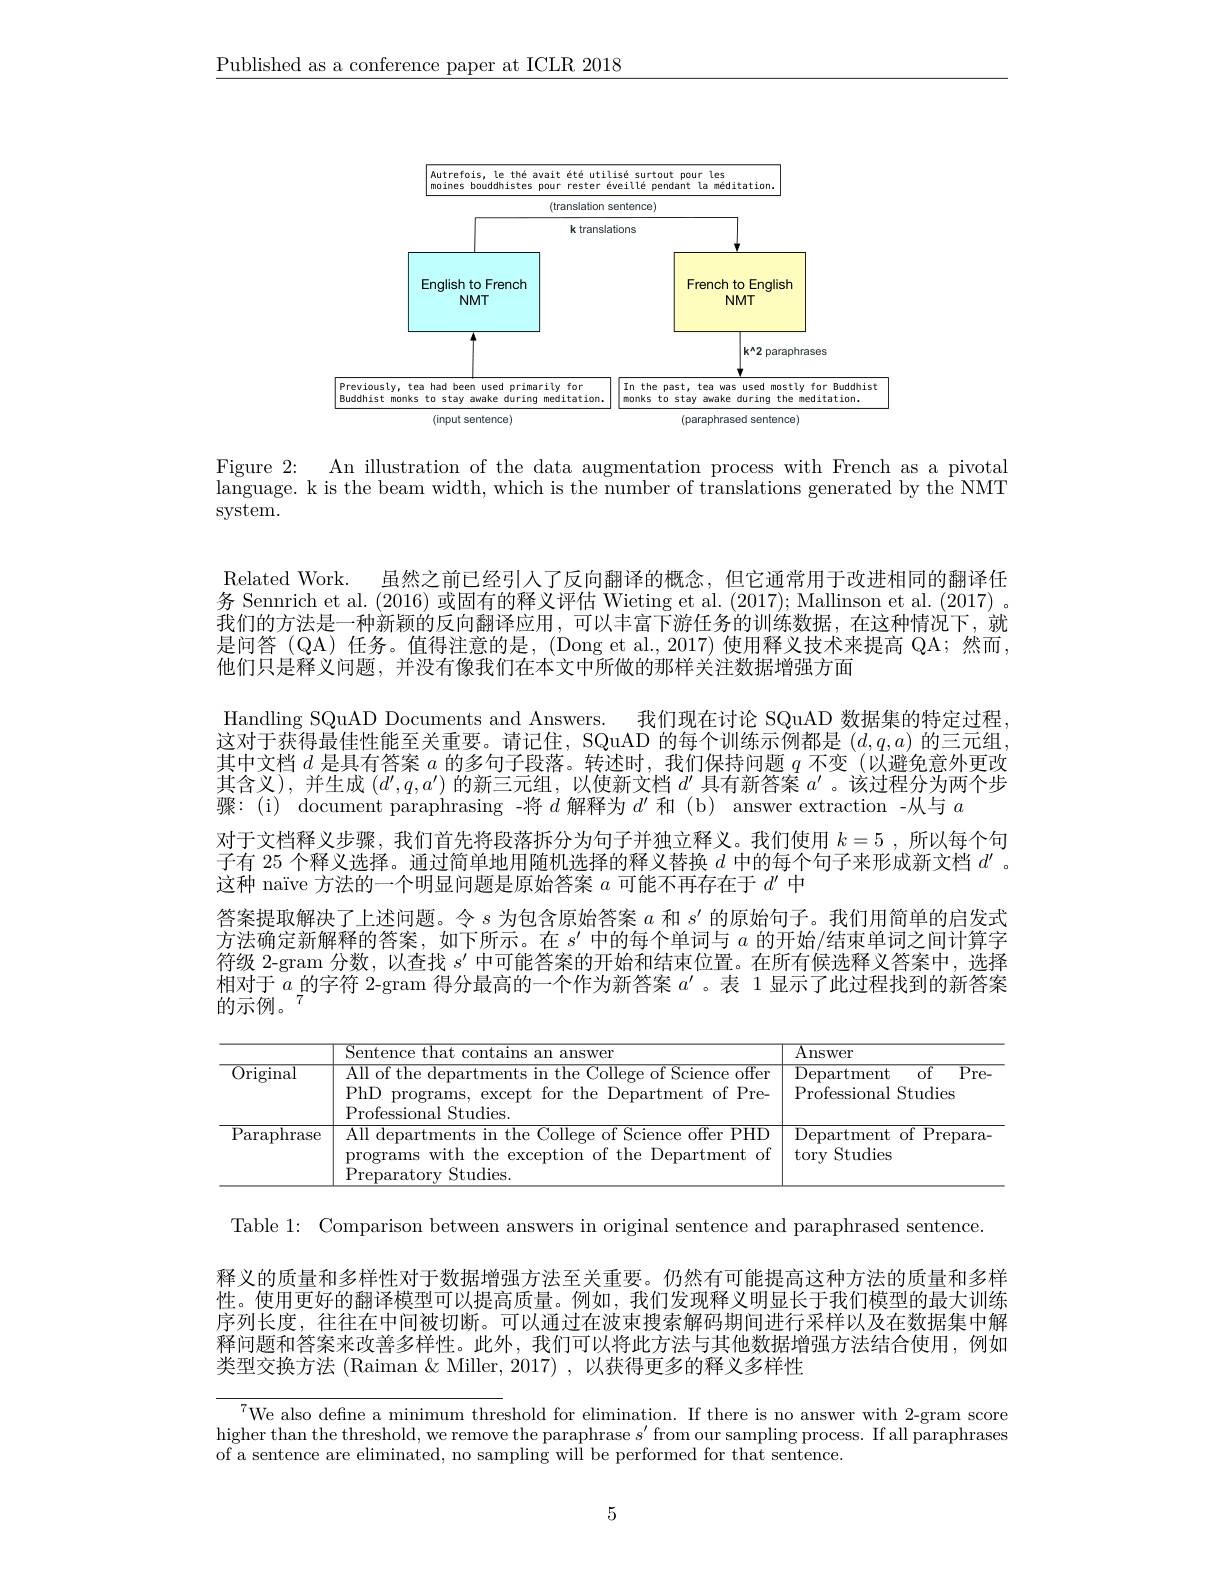
$\underline{\text{Published as a conference paper at ICLR 2018}}$

<FigureHere>

Figure 2: An illustration of the data augmentation process with French as a pivotal language. k is the beam width, which is the number of translations generated by the NMT system.

Related Work. 虽然之前已经引人了反向翻译的概念，但它通常用于改进相同的翻译任务 Sennrich et al. (2016) 或固有的释义评估 Wieting et al. (2017); Mallinson et al. (2017) 。我们的方法是一种新颖的反向翻译应用，可以丰富下游任务的训练数据，在这种情况下，就是问答(QA) 任务。值得注意的是，(Dong et al.,2017) 使用释义技术来提高 QA; 然而， 他们只是释义问题，并没有像我们在本文中所做的那样关注数据增强方面
Handling SQuAD Documents and Answers. 我们现在讨论 SQuAD 数据集的特定过程， 这对于获得最佳性能至关重要。请记住，SQuAD 的每个训练示例都是$(d,q,a)$的三元组其中文档$d$是具有答案$a$的多句子段落。转述时，我们保持问题$q$不变 (以避免意外更改其含义),并生成$(d^\prime,q,a^\prime)$的新三元组，以使新文档$d^\prime$ 具 有 新 答 案 $a^{\prime }$。该过程分为两个步骤：(i) document paraphrasing -将$d$解释为$d^\prime$和 (b) answer extraction -从与$a$
对于文档释义步骤，我们首先将段落拆分为句子并独立释义。我们使用$k=5$ ,所以每个句子有 25 个释义选择。通过简单地用随机选择的释义替换$d$中的每个句子来形成新文档$d^{\prime}$ 。这种 naïve 方法的一个明显问题是原始答案$a$可能不再存在于$d^\prime$中
答案提取解决了上述问题。令$s$为包含原始答案$a$和$s^\prime$的原始句子。我们用简单的启发式方法确定新解释的答案，如下所示。在$s^\prime$中的每个单词与$a$的开始/结束单词之间计算字符级 2-gram 分数，以查找$s^\prime$中可能答案的开始和结束位置。在所有候选释义答案中，选择相对于$a$的字符 2-gram 得分最高的一个作为新答案$a^\prime$ 。表 1 显示了此过程找到的新答案的示例。$^{7}$

<table>
	<tbody>
		<tr>
			<th> </th>
			<th>Sentence that answer</th>
			<th>$\overline{{\mathrm{Answer}}}$</th>
		</tr>
		<tr>
			<td>${\overline{{\mathrm{Original}}}}$</td>
			<td>All of the departments in the College of Science offer PhD programs, except for the Department of Pre Professional Studies.</td>
			<td>Department $\overline{\mathrm{of}}$ $\overline{\mathrm{Pre-}}$ Professional $\textbf{l Studies}$</td>
		</tr>
		<tr>
			<td>$\overline{\mathrm{Paraphrase}}$</td>
			<td>All departments in the College of Science offer PHD programs with the exception of the Department of Preparatorv Studies</td>
			<td>Department of Prepara- tory Studies</td>
		</tr>
	</tbody>
</table>

Table 1: Comparison between answers in original sentence and paraphrased sentence.
释义的质量和多样性对于数据增强方法至关重要。仍然有可能提高这种方法的质量和多样性。使用更好的翻译模型可以提高质量。例如，我们发现释义明显长于我们模型的最大训练序列长度，往往在中间被切断。可以通过在波束搜索解码期间进行采样以及在数据集中解释问题和答案来改善多样性。此外，我们可以将此方法与其他数据增强方法结合使用，例如类型交换方法 (Raiman $\&$ Miller, 2017) , 以获得更多的释义多样性

$^{7}$We also define a minimum threshold for elimination. If there is no answer with 2-gram score higher than the threshold, we remove the paraphrase $s^\prime$ from our sampling process. If all paraphrases of a sentence are eliminated, no sampling will be performed for that sentence.

5